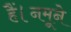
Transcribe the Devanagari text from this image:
हैं।नमूने